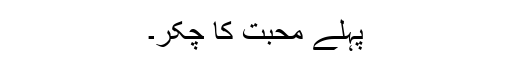
پہلے محبت کا چکّر۔